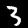
Digit: 3